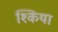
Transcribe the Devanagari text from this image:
श्किया